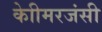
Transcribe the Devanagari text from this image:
केाीमरजंसी